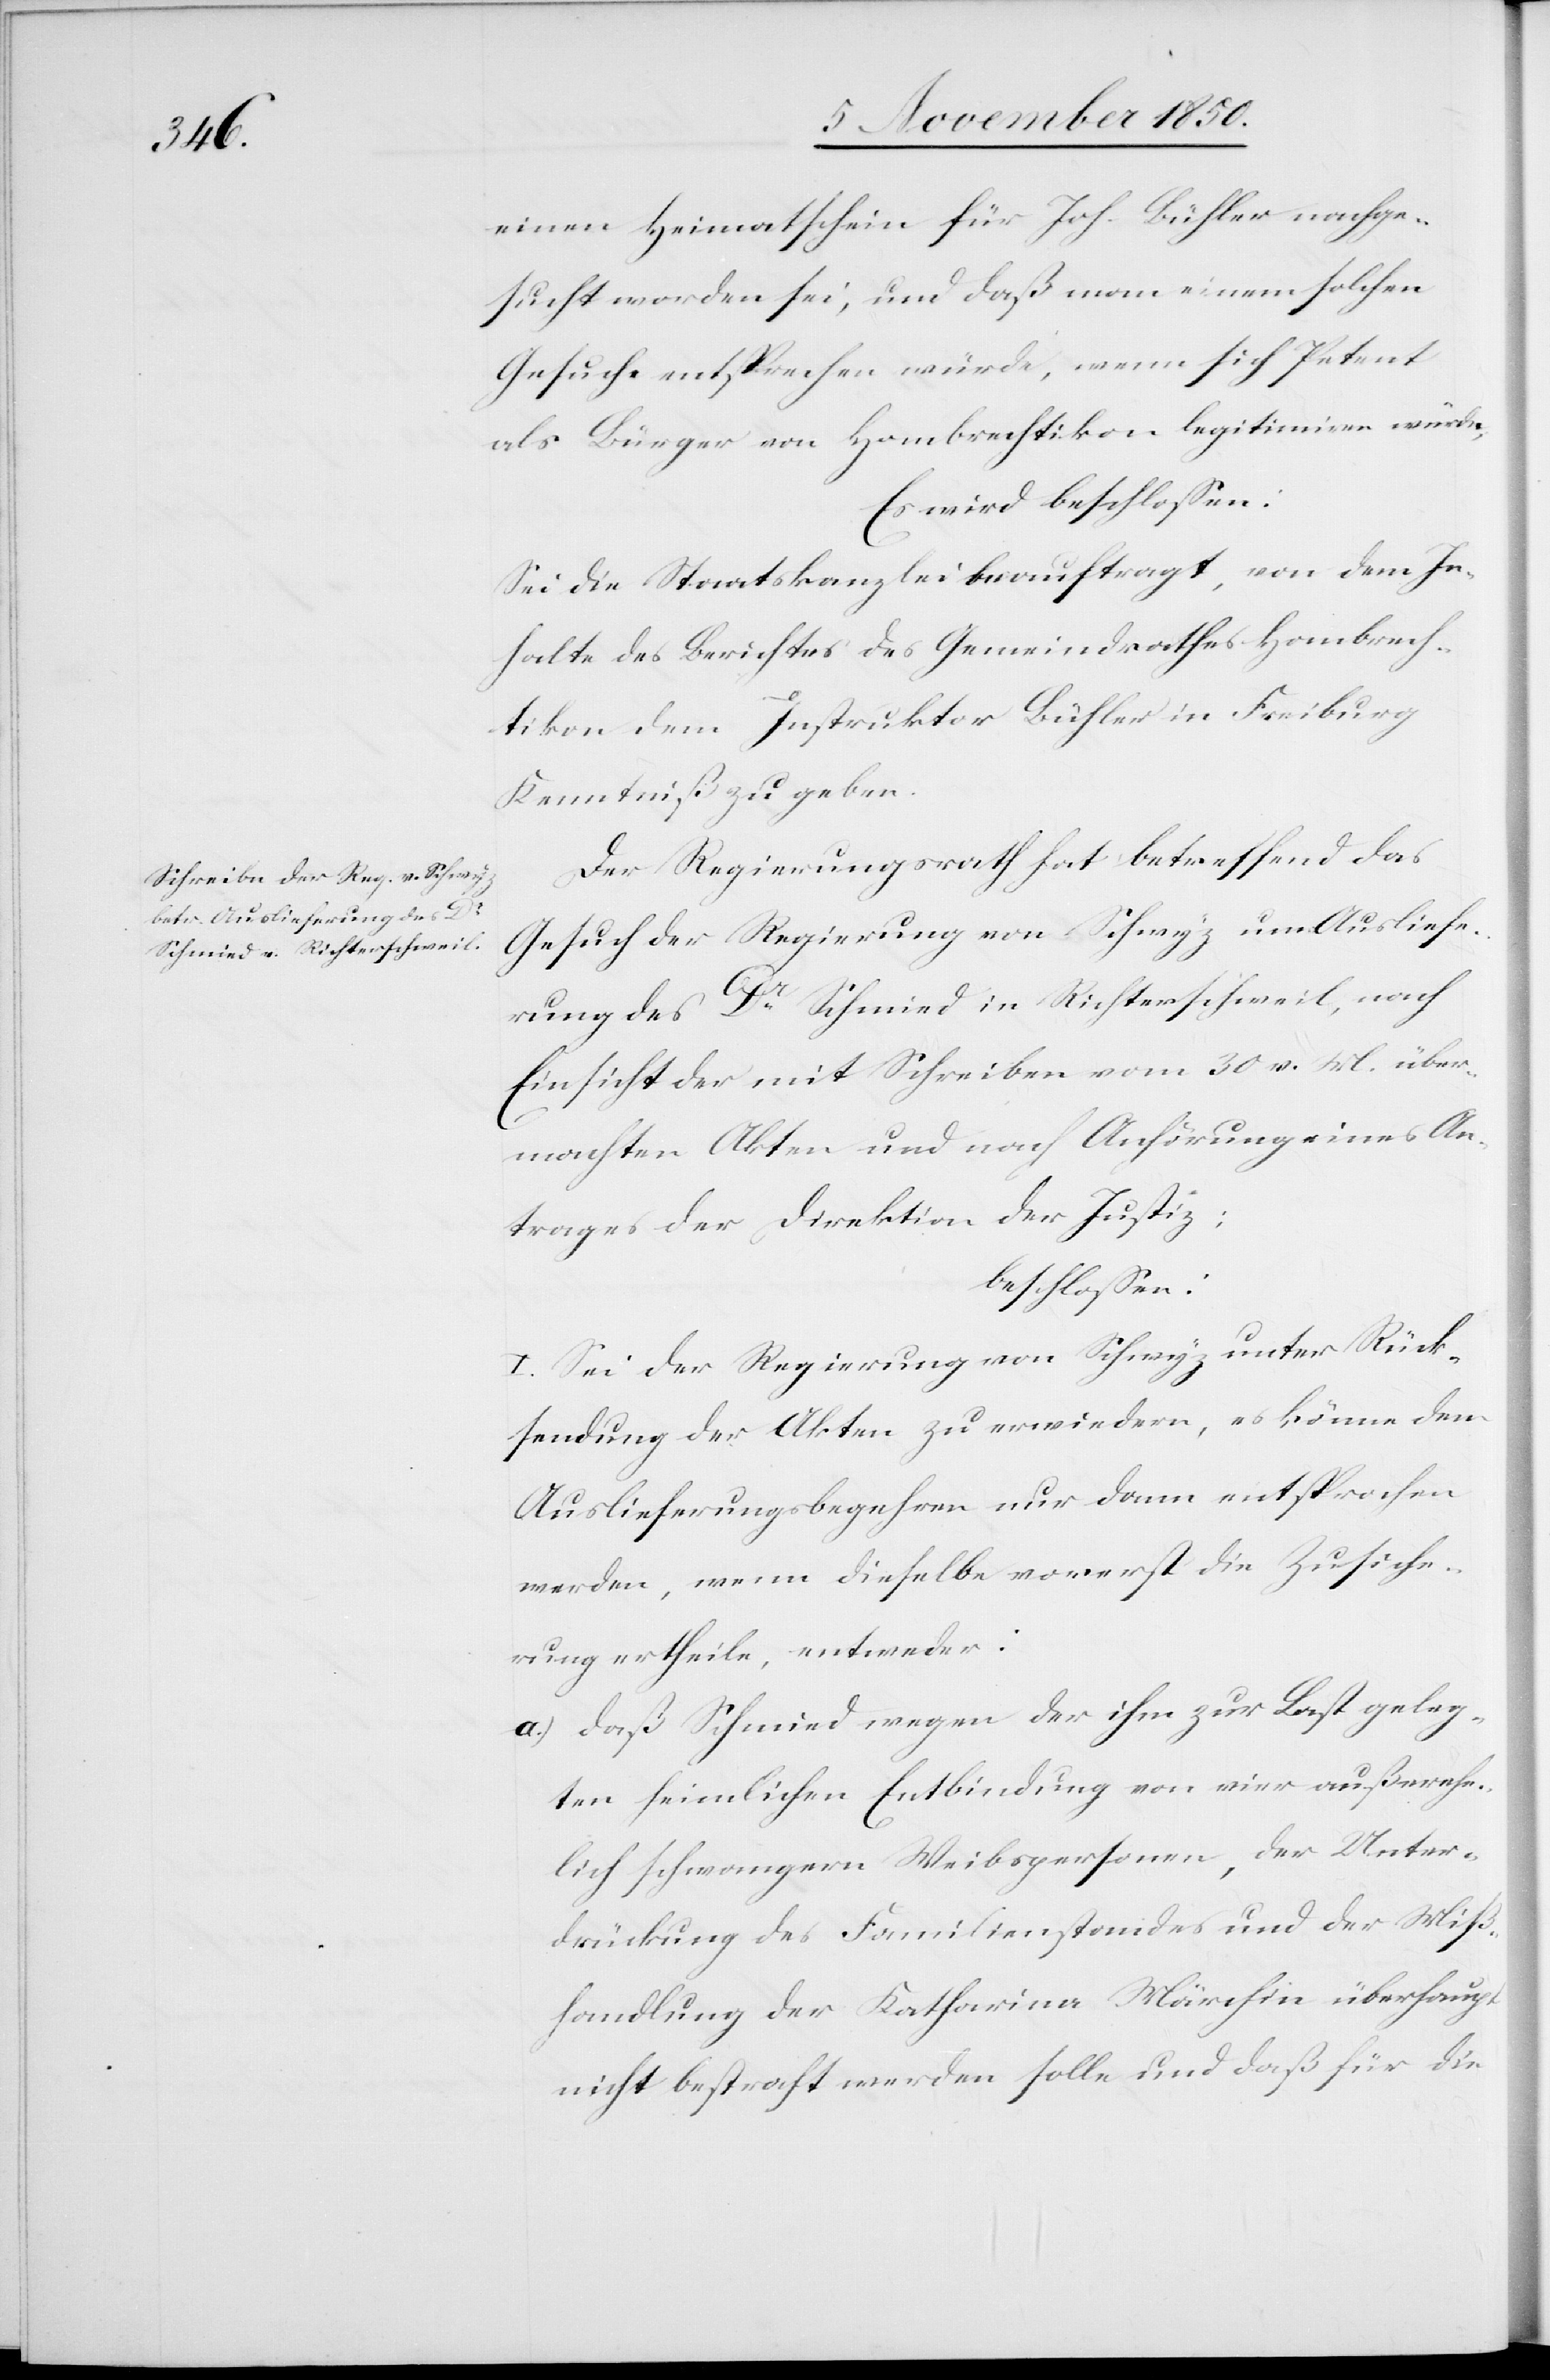
[sic!] Heimatschein für Joh. Bühler nachge¬
sucht worden sei, und daß man einem solchen
Gesuche entsprechen würde, wenn sich Petent
als Bürger am Hombrechtikon legitimiren würde,
Es wird beschlossen:
Sei die Staatskanzlei beauftragt, von dem In¬
halte des Berichtes des Gemeindrathes Hombrech¬
tikon dem Instruktor Bühler in Freiburg
Kenntniß zu geben.
Der Regierungsrath hat betreffend das
Gesuch der Regierung von Schwyz um Ausliefe¬
rung des Dr Schmied in Richterschweil, nach
Einsicht der mit Schreiben vom 30 v. M. über¬
machten Akten und nach Anhörung eines An¬
trages der Direktion der Justiz;
beschlossen:
I. Sei der Regierung von Schwyz unter Rück¬
sendung der Akten zu erwiedern, es könne dem
Auslieferungsbegehren nur dann entsprochen
werden, wenn dieselbe vorerst die Zusiche¬
rung ertheile, entweder:
a.) daß Schmied wegen der ihm zur Last geleg¬
ten heimlichen Entbindung von einer außerehe¬
lich schwangern Weibspersonen [sic!], der Unter¬
drückung des Familienstandes und der Miß¬
handlung der Katharina Märchin überhaupt
nicht bestraft werden solle und daß für die